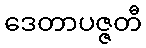
ဒေတာပဇ္ဇတီ